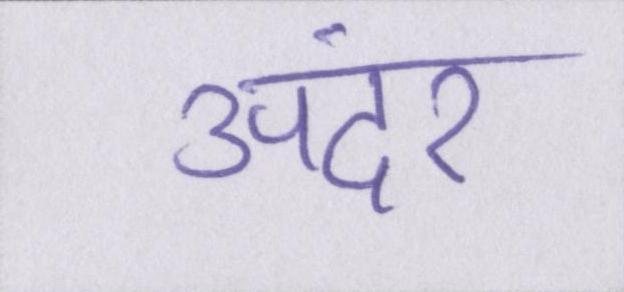
अंदर